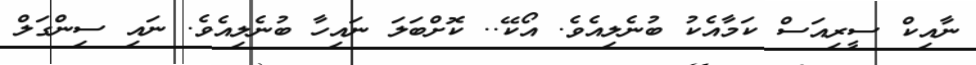
ނާއިކް ސީރިއަސް ކަމާއެކު ބުނެލިއެވެ. އޯކޭ.. ކޮށްބަލަ ނައިހާ ބުނެލިއެވެ. ނައި ސިންގަލް